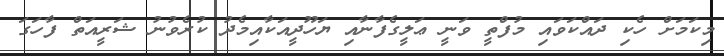
މިކަމަށް ހެކި ދައްކަވައި މުފްތީ ވަނީ ޢަލީގެފާނާއި ޔަހޫދީއަކާއިމެދު ކުރެވުނު ޝަރީއަތް ފާހަގަ